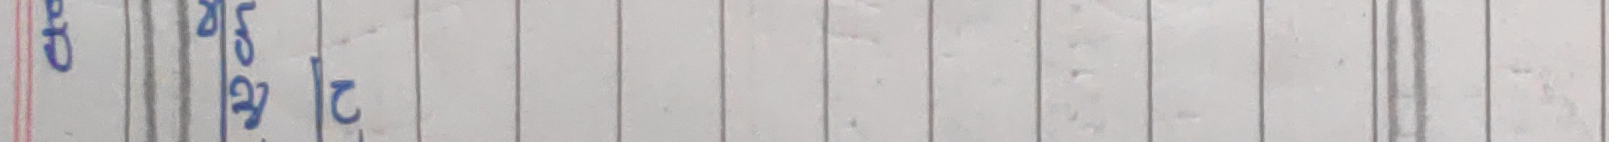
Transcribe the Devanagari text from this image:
क्र. २0 ८0 १२